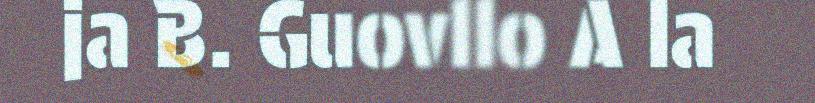
ja B. Guovllo A la